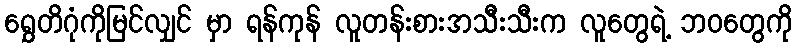
ရွှေတိဂုံကိုမြင်လျှင် မှာ ရန်ကုန် လူတန်းစားအသီးသီးက လူတွေရဲ့ ဘဝတွေကို